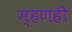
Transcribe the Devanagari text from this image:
म्हणही